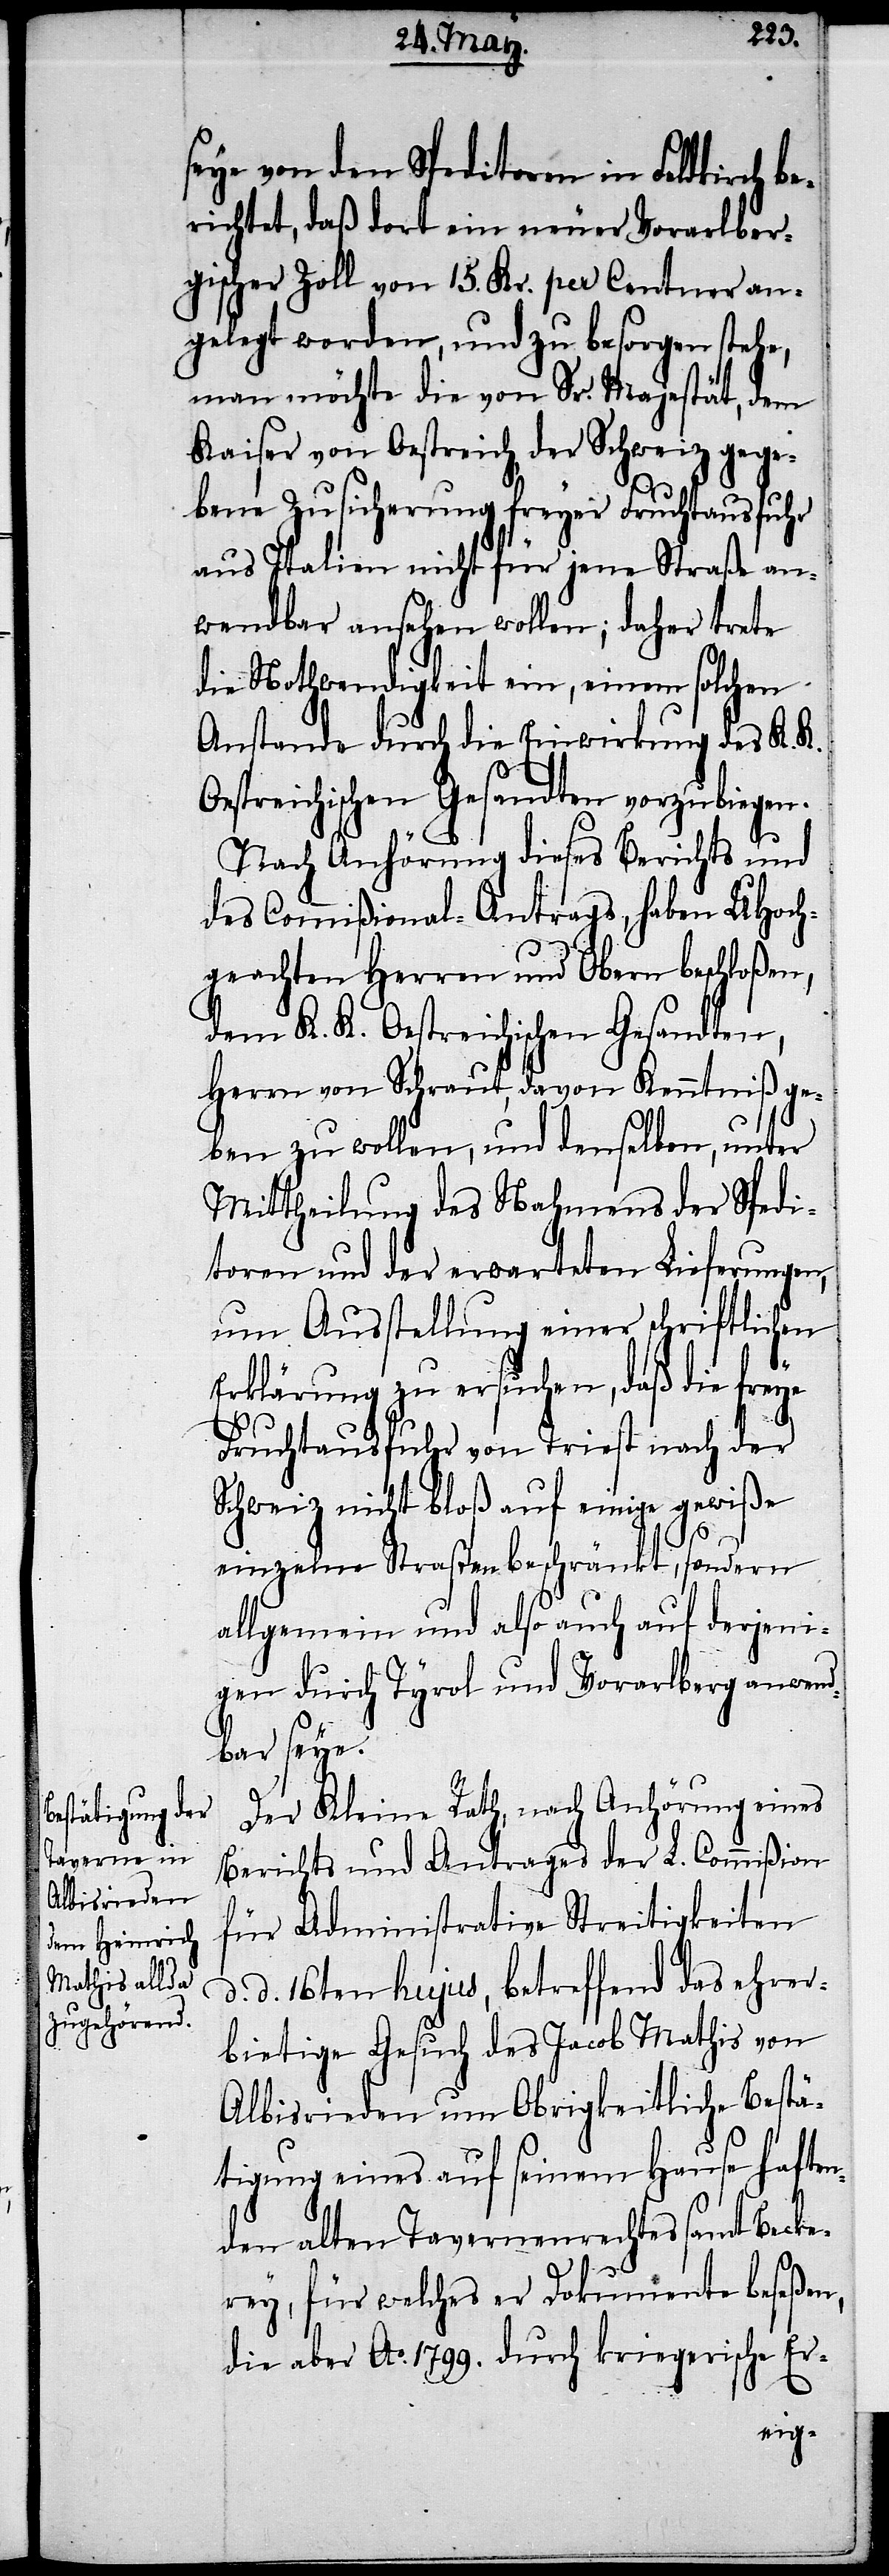
seye von den Speditoren in Feldkirch b¬
erichtet, daß dort ein neuer Voralber¬
gischer Zoll von 15. Kr. per Centner an¬
gelegt worden, und zu besorgen stehe,
man möchte die von Sr. Majestät, dem
Kaiser von Oestreich der Schweiz gege¬
bene Zusicherung freyer Fruchtausfuhr
aus Italien nicht für jene Straße an¬
wendbar ansehen wollen; daher trete
die Nothwendigkeit ein, einem solchen
Anstande durch die Einwirkung des K. K.
Oestreichischen Gesandten vorzubringen.
Nach Anhörung dieses Berichts un¬
d Commißional-Antrags, haben UHoch¬
geachten Herren und Obern beschloßen,
dem K. K. Oestreichischen Gesandten,
Herr von Schraut, davon Kenntniß geg¬
eben zu wollen, und denselben, unter
Mittheilung des Nahmens der Spedi¬
toren und der erwarteten Lieferungen
um Ausstellung einer schriftlichen
Erklärung zu ersuchen, daß die
Fruchtausfuhr von Triest nach der
Schweiz nicht bloß auf einige gewiße
einzelne Straßen beschränkt, sondern
allgemein und also auch auf derjeni¬
gen durch Tyrol und Voralberg anwend¬
bar seye.
Der Kleine Rath nach Anhörung eines
Berichts und Antrages der L. Commißion
für Administrative Streitigkeiten
d. d. 16ten hujus, betreffend das ehrer¬
bietige Gesuch des Jacob Mathis von
Albisrieden um Obrigkeitliche Bestä¬
tigung eines auf seinem Hause haften¬
den alten Tavernenrechtes samt Becke¬
rey, für welches er Dokumente beseßen,
die aber Ao. 1799. durch kriegerische Er-